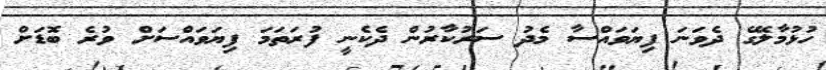
ހުޅުމާލޭގެ ދެވަނަ ފިޔަވައްސާ މެދު ސަރުކާރުން ދެކެނީ ފުރަތަމަ ފިޔަވައްސަށް ވުރެ ބޮޑަށް